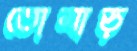
তোমাড়